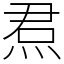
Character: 焄